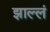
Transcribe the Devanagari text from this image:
झाल्लं